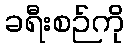
ခရီးစဉ်ကို